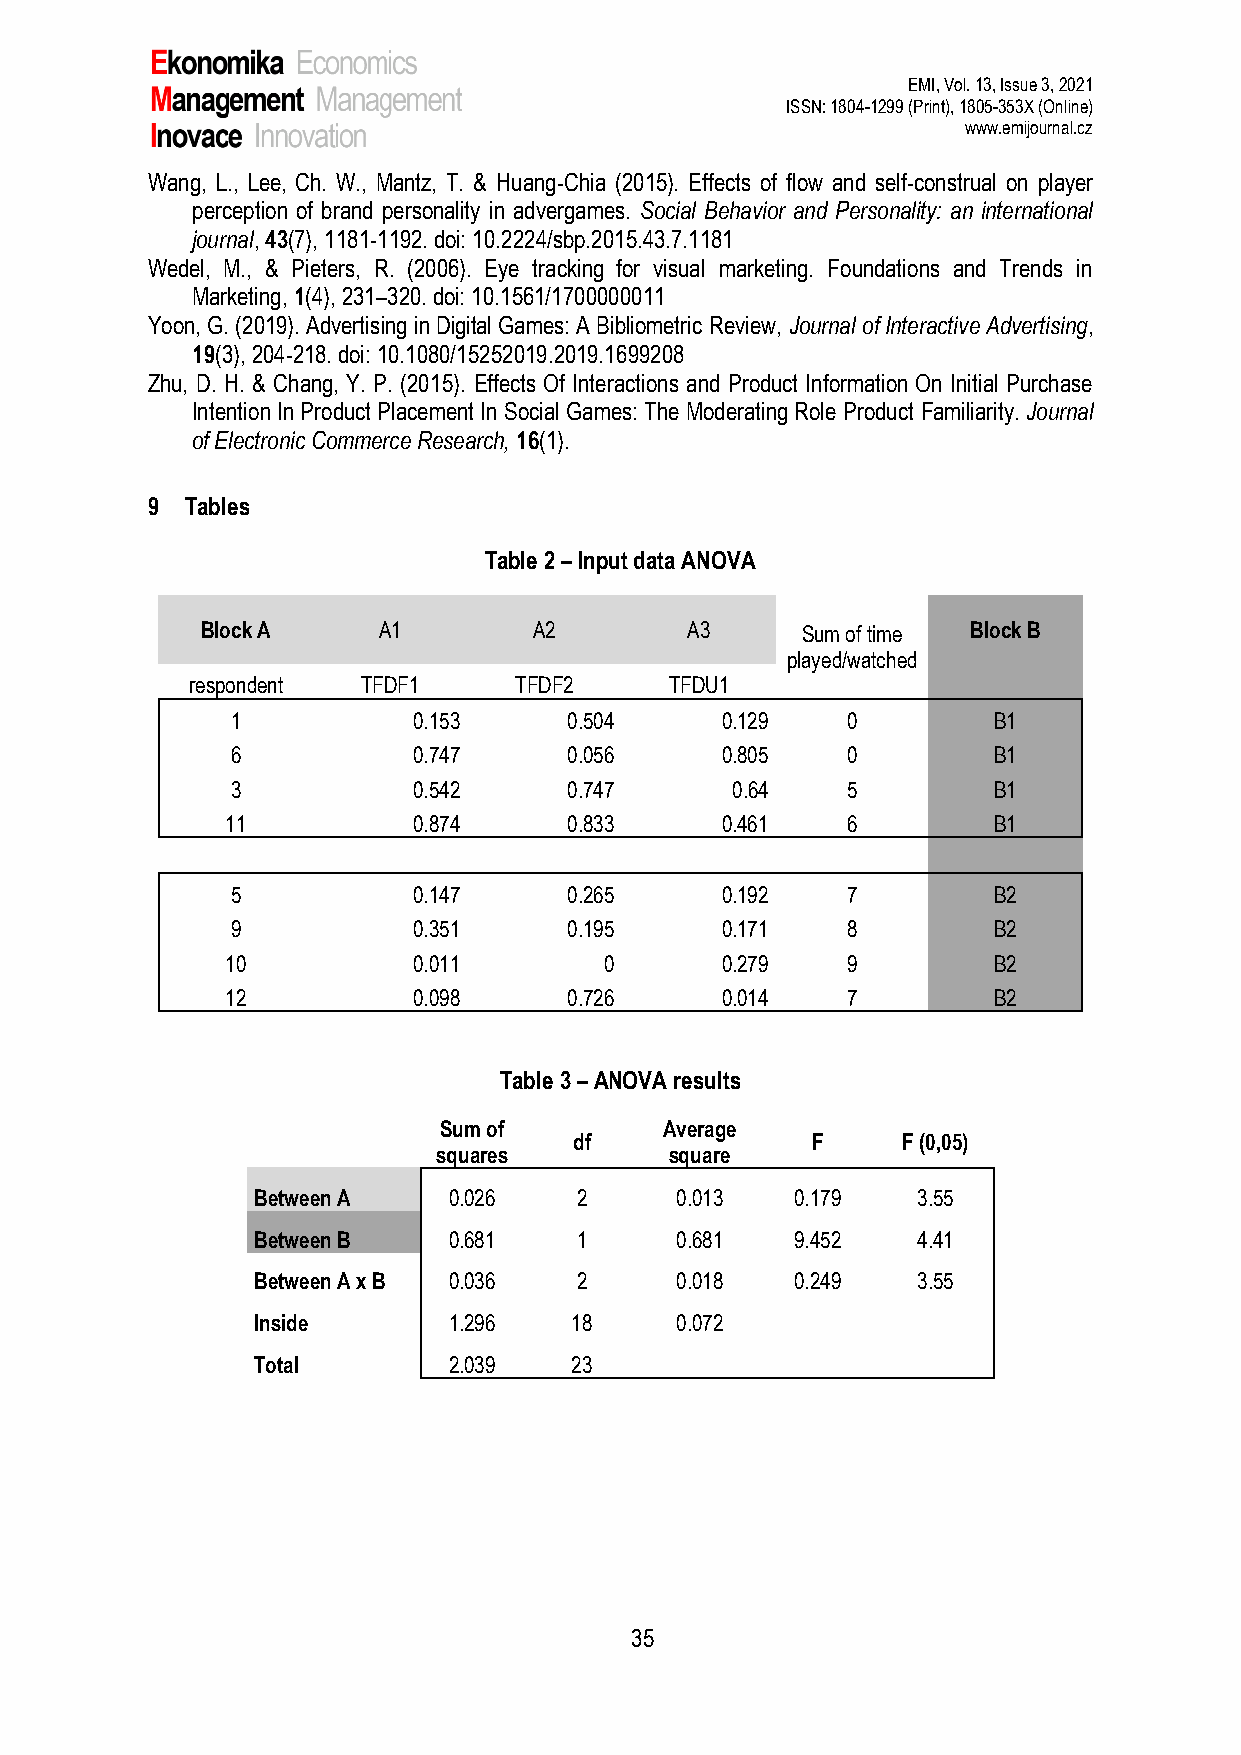
EMI, Vol. 13, Issue 3, 2021
 ISSN: 1804-1299 (Print), 1805-353X (Online)
 www.emijournal.cz
 Wang, L., Lee, Ch. W., Mantz, T. & Huang-Chia (2015). Effects of flow and self-construal on player
 perception of brand personality in advergames. Social Behavior and Personality: an international
 journal, 43(7), 1181-1192. doi: 10.2224/sbp.2015.43.7.1181
 Wedel, M., & Pieters, R. (2006). Eye tracking for visual marketing. Foundations and Trends in
 Marketing, 1(4), 231–320. doi: 10.1561/1700000011
 Yoon, G. (2019). Advertising in Digital Games: A Bibliometric Review, Journal of Interactive Advertising,
 19(3), 204-218. doi: 10.1080/15252019.2019.1699208
 Zhu, D. H. & Chang, Y. P. (2015). Effects Of Interactions and Product Information On Initial Purchase
 Intention In Product Placement In Social Games: The Moderating Role Product Familiarity. Journal
 of Electronic Commerce Research, 16(1).
 9 Tables
 Table 2 – Input data ANOVA
 Block A     A1        A2        A3      Sum of time Block B
 played/watched
 respondent  TFDF1     TFDF2     TFDU1
 1           0.153      0.504     0.129   0         B1
 6           0.747      0.056     0.805   0         B1
 3           0.542      0.747     0.64    5         B1
 11          0.874      0.833     0.461   6         B1
 5           0.147      0.265     0.192   7         B2
 9           0.351      0.195     0.171   8         B2
 10          0.011        0       0.279   9         B2
 12          0.098      0.726     0.014   7         B2
 Table 3 – ANOVA results
 Sum of         Average
 df              F     F (0,05)
 squares        square
 Between A    0.026   2      0.013   0.179   3.55
 Between B    0.681   1      0.681   9.452   4.41
 Between A x B 0.036  2      0.018   0.249   3.55
 Inside       1.296   18     0.072
 Total        2.039   23
 35